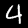
Label: 4